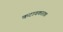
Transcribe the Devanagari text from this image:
कटावकारक